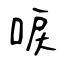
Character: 唳